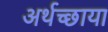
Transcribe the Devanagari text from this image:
अर्थच्छाया